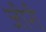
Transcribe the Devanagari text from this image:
जीरी